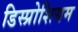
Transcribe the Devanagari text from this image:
डिस्प्रोशियम